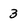
Character: 3